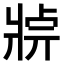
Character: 𤖄